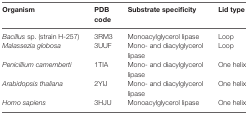
| Organism | PDB code | Substrate specificity | Lid type |
 | --- | --- | --- | --- |
 | Bacillus sp. (strain H-257) | 3RM3 | Monoacylglycerol lipase | Loop |
 | Malassezia globosa | 3UUF | Mono- and diacylglycerol lipase | Loop |
 | Penicillium camemberti | 1TIA | Mono- and diacylglycerol lipase | One helix |
 | Arabidopsis thaliana | 2YIJ | Mono- and diacylglycerol lipase | One helix |
 | Homo sapiens | 3HJU | Monoacylglycerol lipase | One helix |